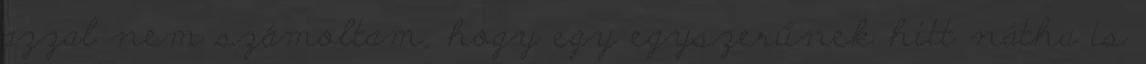
azzal nem számoltam, hogy egy egyszerűnek hitt nátha is